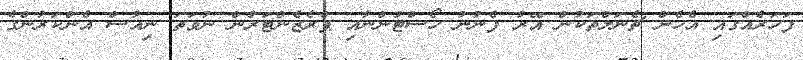
ފަހަރެއްގައި އެހެން ޗެނަލްތަކުން އޭރު ފެނުނު ހޯސްޓުންނާއި ޕްރެޒެންޓަރުން ނުވަތަ ނިއުސް އެންކަރުންގެ